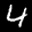
Label: 4